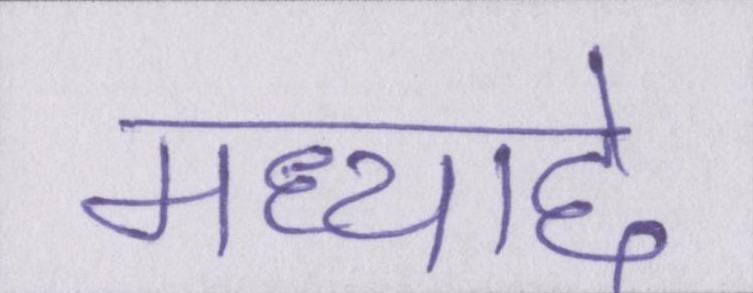
मध्याद्दे